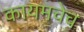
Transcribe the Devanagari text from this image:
कायमचेच